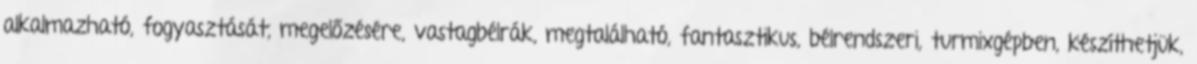
alkalmazható, fogyasztását, megelőzésére, vastagbélrák, megtalálható, fantasztikus, bélrendszeri, turmixgépben, készíthetjük,